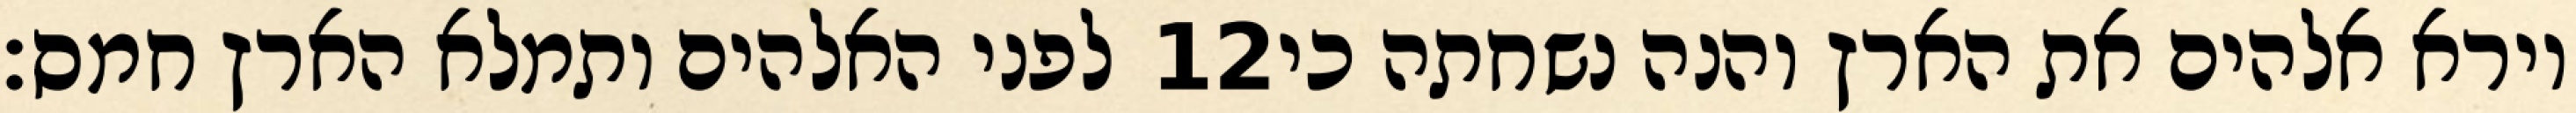
לפני האלהים ותמלא הארץ חמס׃ ‎12‏ וירא אלהים את הארץ והנה נשחתה כי